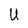
Character: U